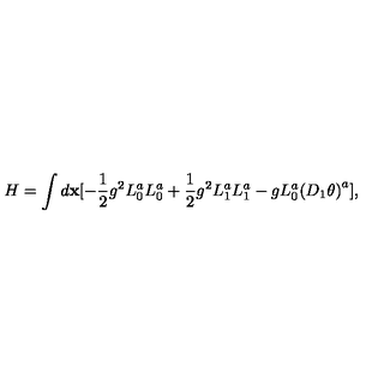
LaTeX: H = \int d { \bf x } [ - \frac { 1 } { 2 } g ^ { 2 } L _ { 0 } ^ { a } L _ { 0 } ^ { a } + \frac { 1 } { 2 } g ^ { 2 } L _ { 1 } ^ { a } L _ { 1 } ^ { a } - g L _ { 0 } ^ { a } { ( D _ { 1 } \theta ) } ^ { a } ] ,